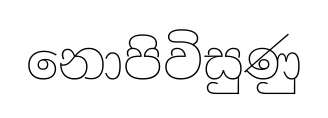
නොපිවිසුණු